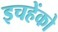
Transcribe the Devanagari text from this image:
इचहेंको